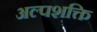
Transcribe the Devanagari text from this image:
अल्‍पशक्ति